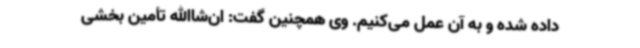
داده شده و به آن عمل می‌کنیم. وی همچنین گفت: ان‌شاالله تأمین بخشی